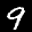
Label: 9